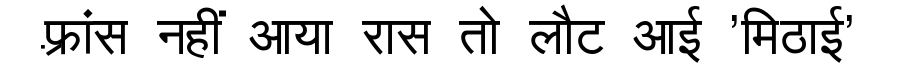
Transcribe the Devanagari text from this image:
फ़्रांस नहीं आया रास तो लौट आई 'मिठाई'